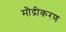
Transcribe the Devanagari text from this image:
मौद्रीकरण